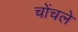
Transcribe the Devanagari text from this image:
चोंचले